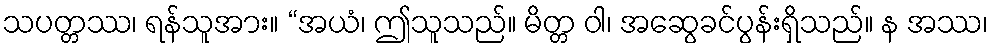
သပတ္တဿ၊ ရန်သူအား။ “အယံ၊ ဤသူသည်။ မိတ္တ ဝါ၊ အဆွေခင်ပွန်းရှိသည်။ န အဿ၊